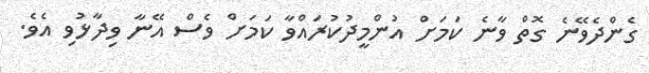
ގެންދެވޭނެ ގޮތް ވާނެ ކަމަށް އުންމީދުކުރައްވާ ކަމަށް ވެސް އޭނާ ވިދާޅުވި އެވެ.